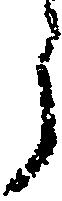
う